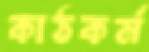
কাঠকর্ম